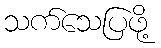
သက်သေပြဖို့